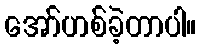
အော်ဟစ်ခဲ့တာပါ။